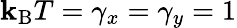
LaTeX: \mathbf{k}_{\mathrm{{B}}}T=\gamma_{x}=\gamma_{y}=1